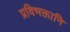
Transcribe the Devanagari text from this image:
प्रविभक्तानि